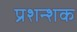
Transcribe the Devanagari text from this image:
प्रशन्शक